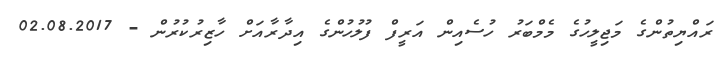
ރައްޔިތުންގެ މަޖިލީހުގެ މެމްބަރު ހުސެއިން އަރީފް ފުލުހުންގެ އިދާރާއަށް ހާޒިރުކުރުން - 02.08.2017